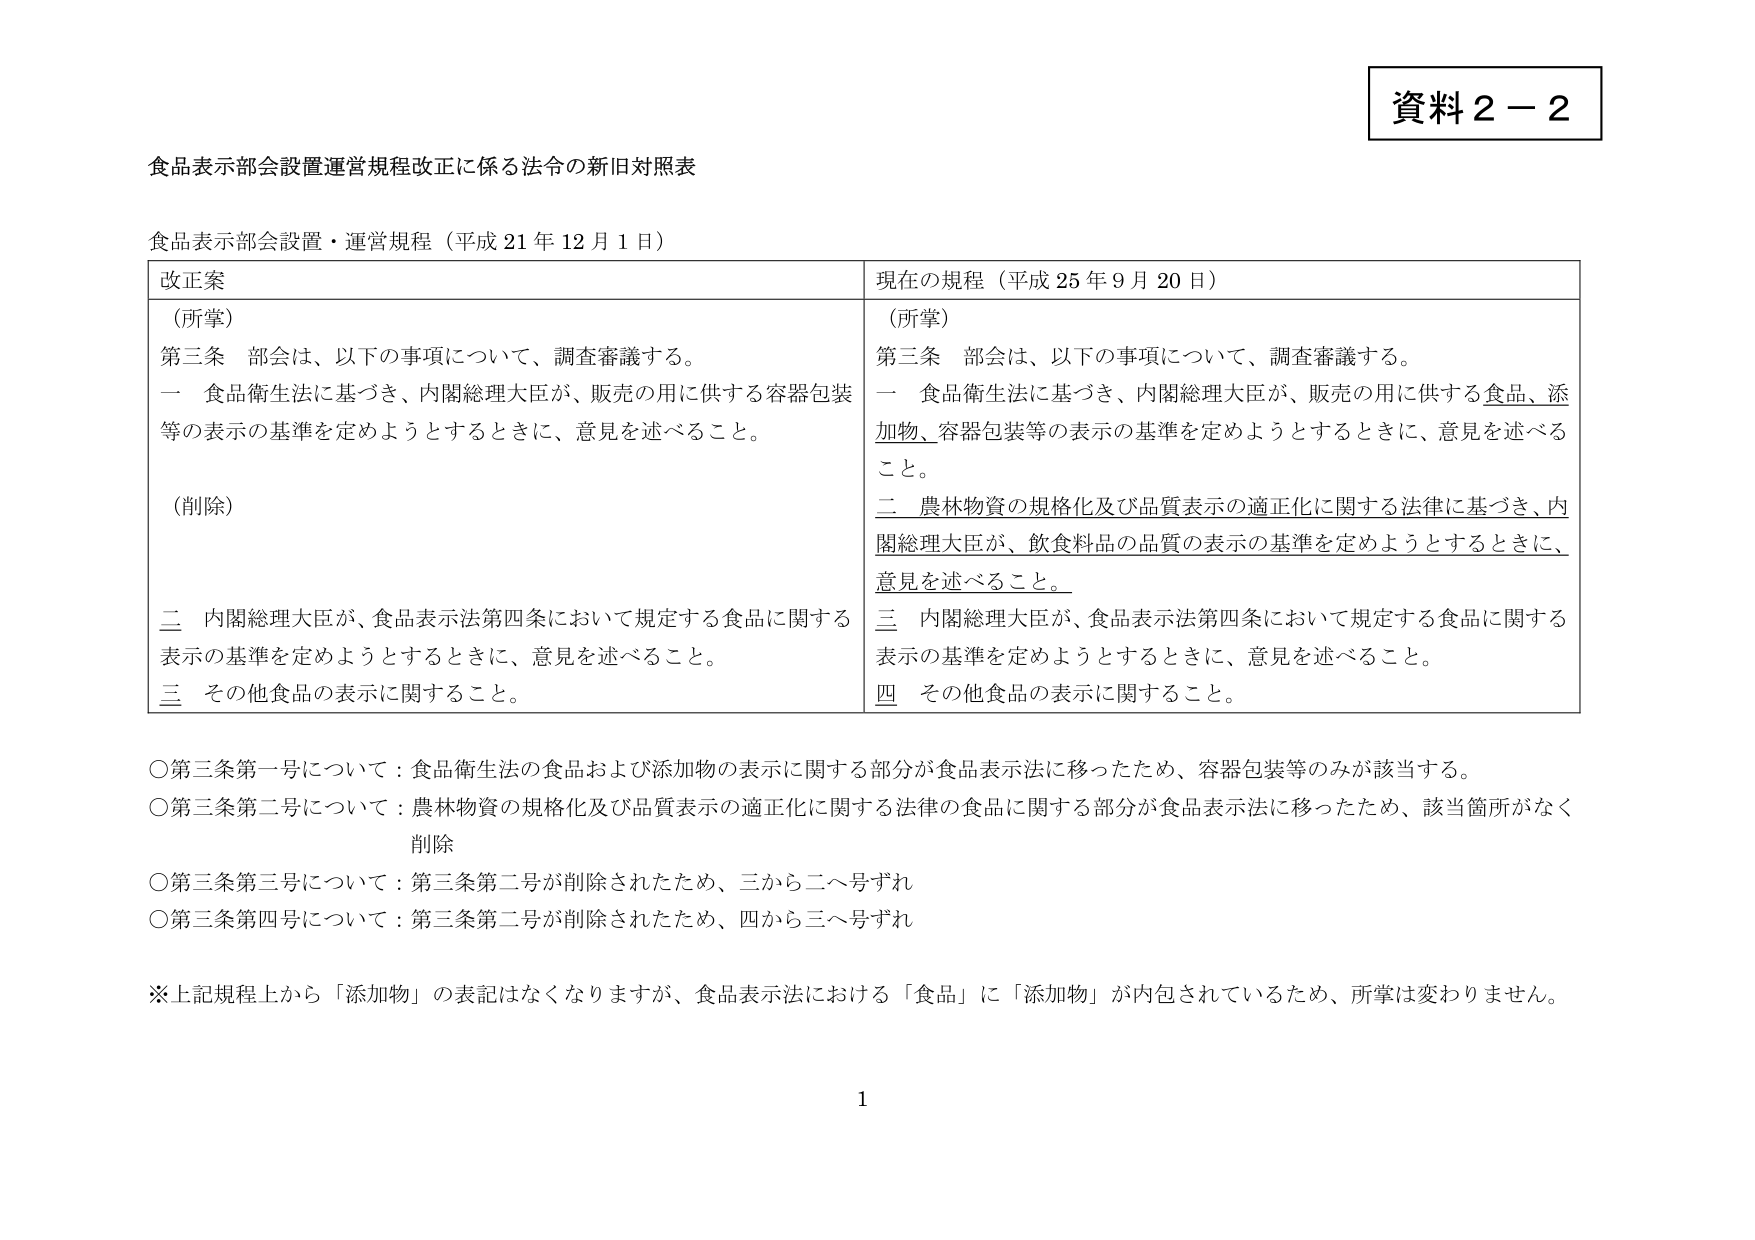
資料２－２

食品表示部会設置運営規程改正に係る法令の新旧対照表

食品表示部会設置・運営規程（平成21年12月1日）

改正案
（所掌）
第三条　部会は、以下の事項について、調査審議する。
一　食品衛生法に基づき、内閣総理大臣が、販売の用に供する容器包装等の表示の基準を定めようとするときに、意見を述べること。
（削除）
二　内閣総理大臣が、食品表示法第四条において規定する食品に関する表示の基準を定めようとするときに、意見を述べること。
三　その他食品の表示に関すること。

現在の規程（平成25年9月20日）
（所掌）
第三条　部会は、以下の事項について、調査審議する。
一　食品衛生法に基づき、内閣総理大臣が、販売の用に供する食品、添加物、容器包装等の表示の基準を定めようとするときに、意見を述べること。
二　農林物資の規格化及び品質表示の適正化に関する法律に基づき、内閣総理大臣が、飲食料品の品質の表示の基準を定めようとするときに、意見を述べること。
三　内閣総理大臣が、食品表示法第四条において規定する食品に関する表示の基準を定めようとするときに、意見を述べること。
四　その他食品の表示に関すること。

○第三条第一号について：食品衛生法の食品および添加物の表示に関する部分が食品表示法に移ったため、容器包装等のみが該当する。
○第三条第二号について：農林物資の規格化及び品質表示の適正化に関する法律の食品に関する部分が食品表示法に移ったため、該当箇所がなく削除
○第三条第三号について：第三条第二号が削除されたため、三から二へ号ずれ
○第三条第四号について：第三条第二号が削除されたため、四から三へ号ずれ

※上記規程上から「添加物」の表記はなくなりますが、食品表示法における「食品」に「添加物」が内包されているため、所掌は変わりません。

1